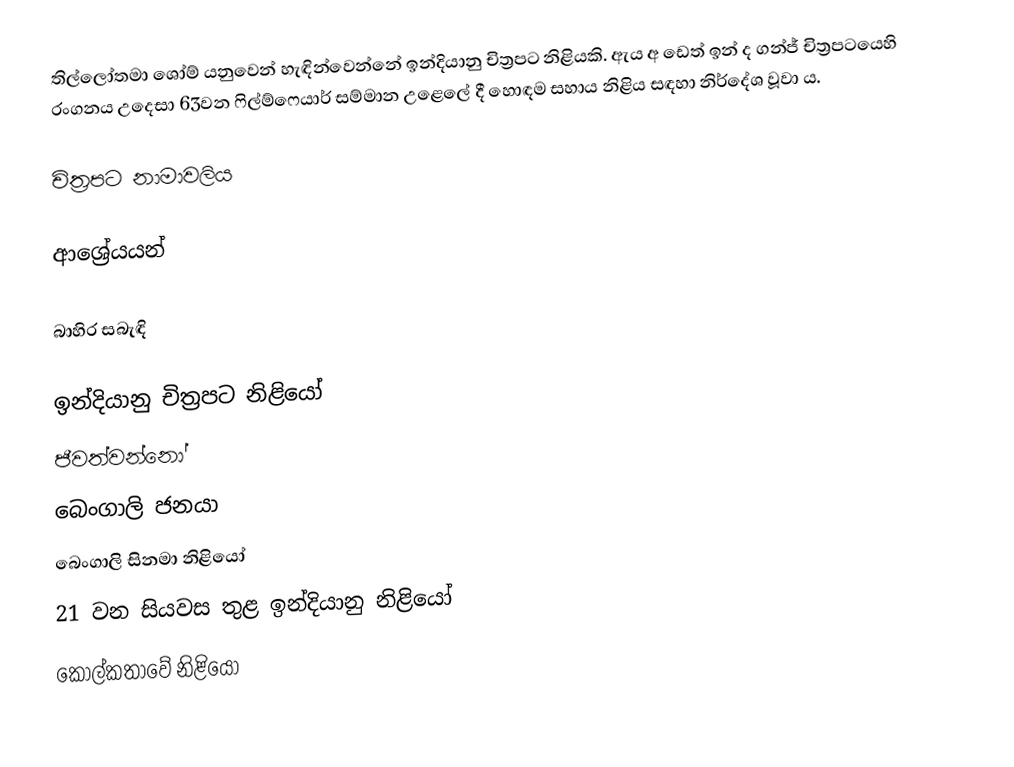
තිල්ලෝතමා ශෝම් ‍යනුවෙන් හැඳින්වෙන්නේ ඉන්දියානු චිත්‍රපට නිළියකි. ඇය අ ඩෙත් ඉන් ද ගන්ජ් චිත්‍රපටයෙහි රංගනය උදෙසා 63වන ෆිල්ම්ෆෙයාර් සම්මාන උළෙලේ දී හොඳම සහාය නිළිය සඳහා නිර්දේශ වූවා ය.

චිත්‍රපට නාමාවලිය

ආශ්‍රේයයන්

බාහිර සබැඳි

ඉන්දියානු චිත්‍රපට නිළියෝ
ජීවත්වන්නෝ
බෙංගාලි ජනයා
බෙංගාලි සිනමා නිළියෝ
21 වන සියවස තුළ ඉන්දියානු නිළියෝ
කොල්කතාවේ නිළියෝ